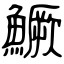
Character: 鱖